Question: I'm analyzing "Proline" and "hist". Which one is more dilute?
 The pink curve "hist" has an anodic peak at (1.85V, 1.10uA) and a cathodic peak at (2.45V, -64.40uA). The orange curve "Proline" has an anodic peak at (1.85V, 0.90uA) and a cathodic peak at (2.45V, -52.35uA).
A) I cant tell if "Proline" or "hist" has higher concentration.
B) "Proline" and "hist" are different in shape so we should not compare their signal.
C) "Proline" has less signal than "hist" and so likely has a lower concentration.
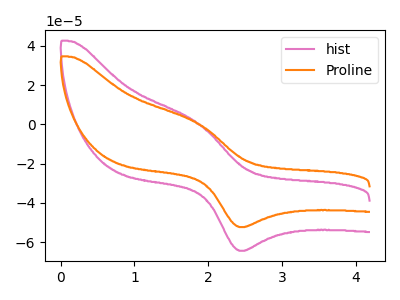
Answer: <think>All the peaks in "Proline" have a peak in "hist" at the same potential. Every peak in "Proline" is lower than every peak in "hist".
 </think>
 <answer>C) "Proline" has less signal than "hist" and so likely has a lower concentration.</answer>
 <eval>C</eval>